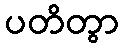
ပတိတွာ